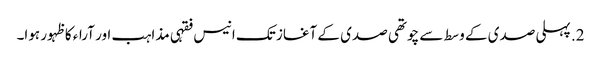
2. پہلی صدی کے وسط سے چوتھی صدی کے آغاز تک انیس فقہی مذاہب اور آراء کا ظہور ہوا۔